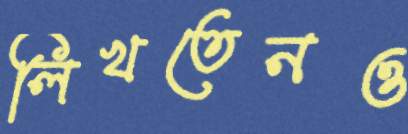
লিখতেনও